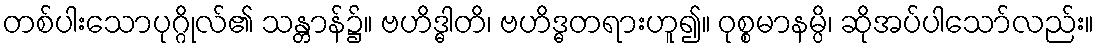
တစ်ပါးသောပုဂ္ဂိုလ်၏ သန္တာန်၌။ ဗဟိဒ္ဓါတိ၊ ဗဟိဒ္ဓတရားဟူ၍။ ဝုစ္စမာနမ္ပိ၊ ဆိုအပ်ပါသော်လည်း။